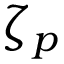
\zeta _ { p }